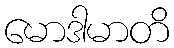
မောဒါမာတိ